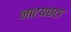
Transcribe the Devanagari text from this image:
नाटयछटा